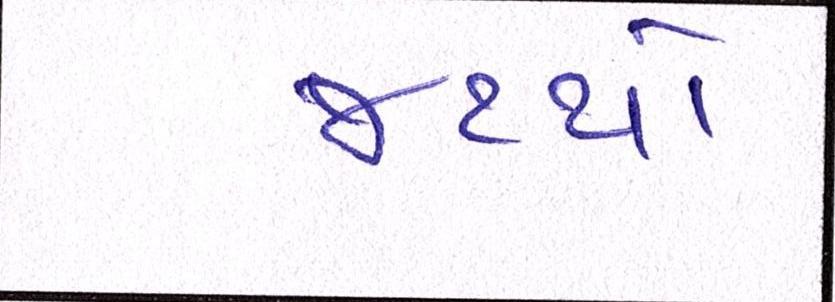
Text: જથ્થો